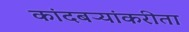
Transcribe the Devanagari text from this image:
कांदबऱ्यांकरीता